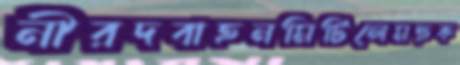
নীরদবাহনমিটিলেমহুক